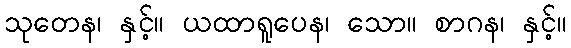
သုတေန၊ နှင့်။ ယထာရူပေန၊ သော။ စာဂန၊ နှင့်။